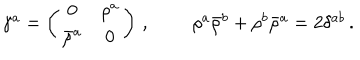
\begin{array} { c c } { { \gamma ^ { a } = \left( \begin{array} { c c } { { 0 } } & { { \rho ^ { a } } } \\ { { \bar { \rho } ^ { a } } } & { { 0 } } \\ \end{array} \right) \, , } } & { { ~ ~ \rho ^ { a } \bar { \rho } ^ { b } + \rho ^ { b } \bar { \rho } ^ { a } = 2 \delta ^ { a b } \, . } } \\ \end{array}